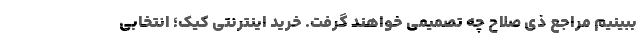
ببینیم مراجع ذی صلاح چه تصمیمی خواهند گرفت. خرید اینترنتی کیک؛ انتخابی